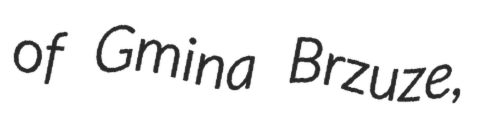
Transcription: of Gmina Brzuze,